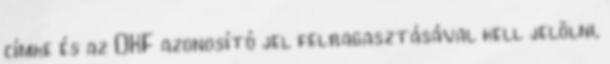
címke és az OKF azonosító jel felragasztásával kell jelölni,